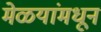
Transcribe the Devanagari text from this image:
मेळयांमधून